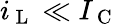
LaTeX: i_{\mathrm{~L~}}\ll I_{\mathrm{~C~}}